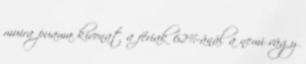
muira puama kivonat a fériak 62%-ánál a nemi vágy